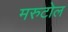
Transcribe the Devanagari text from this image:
मरुटोल